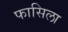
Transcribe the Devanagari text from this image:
फासिला